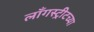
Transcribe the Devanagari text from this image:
लाँगस्ट्रीटच्या